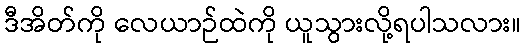
ဒီအိတ်ကို လေယာဉ်ထဲကို ယူသွားလို့ရပါသလား။